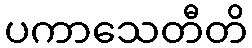
ပကာသေတီတိ